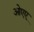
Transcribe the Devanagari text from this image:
ओएए